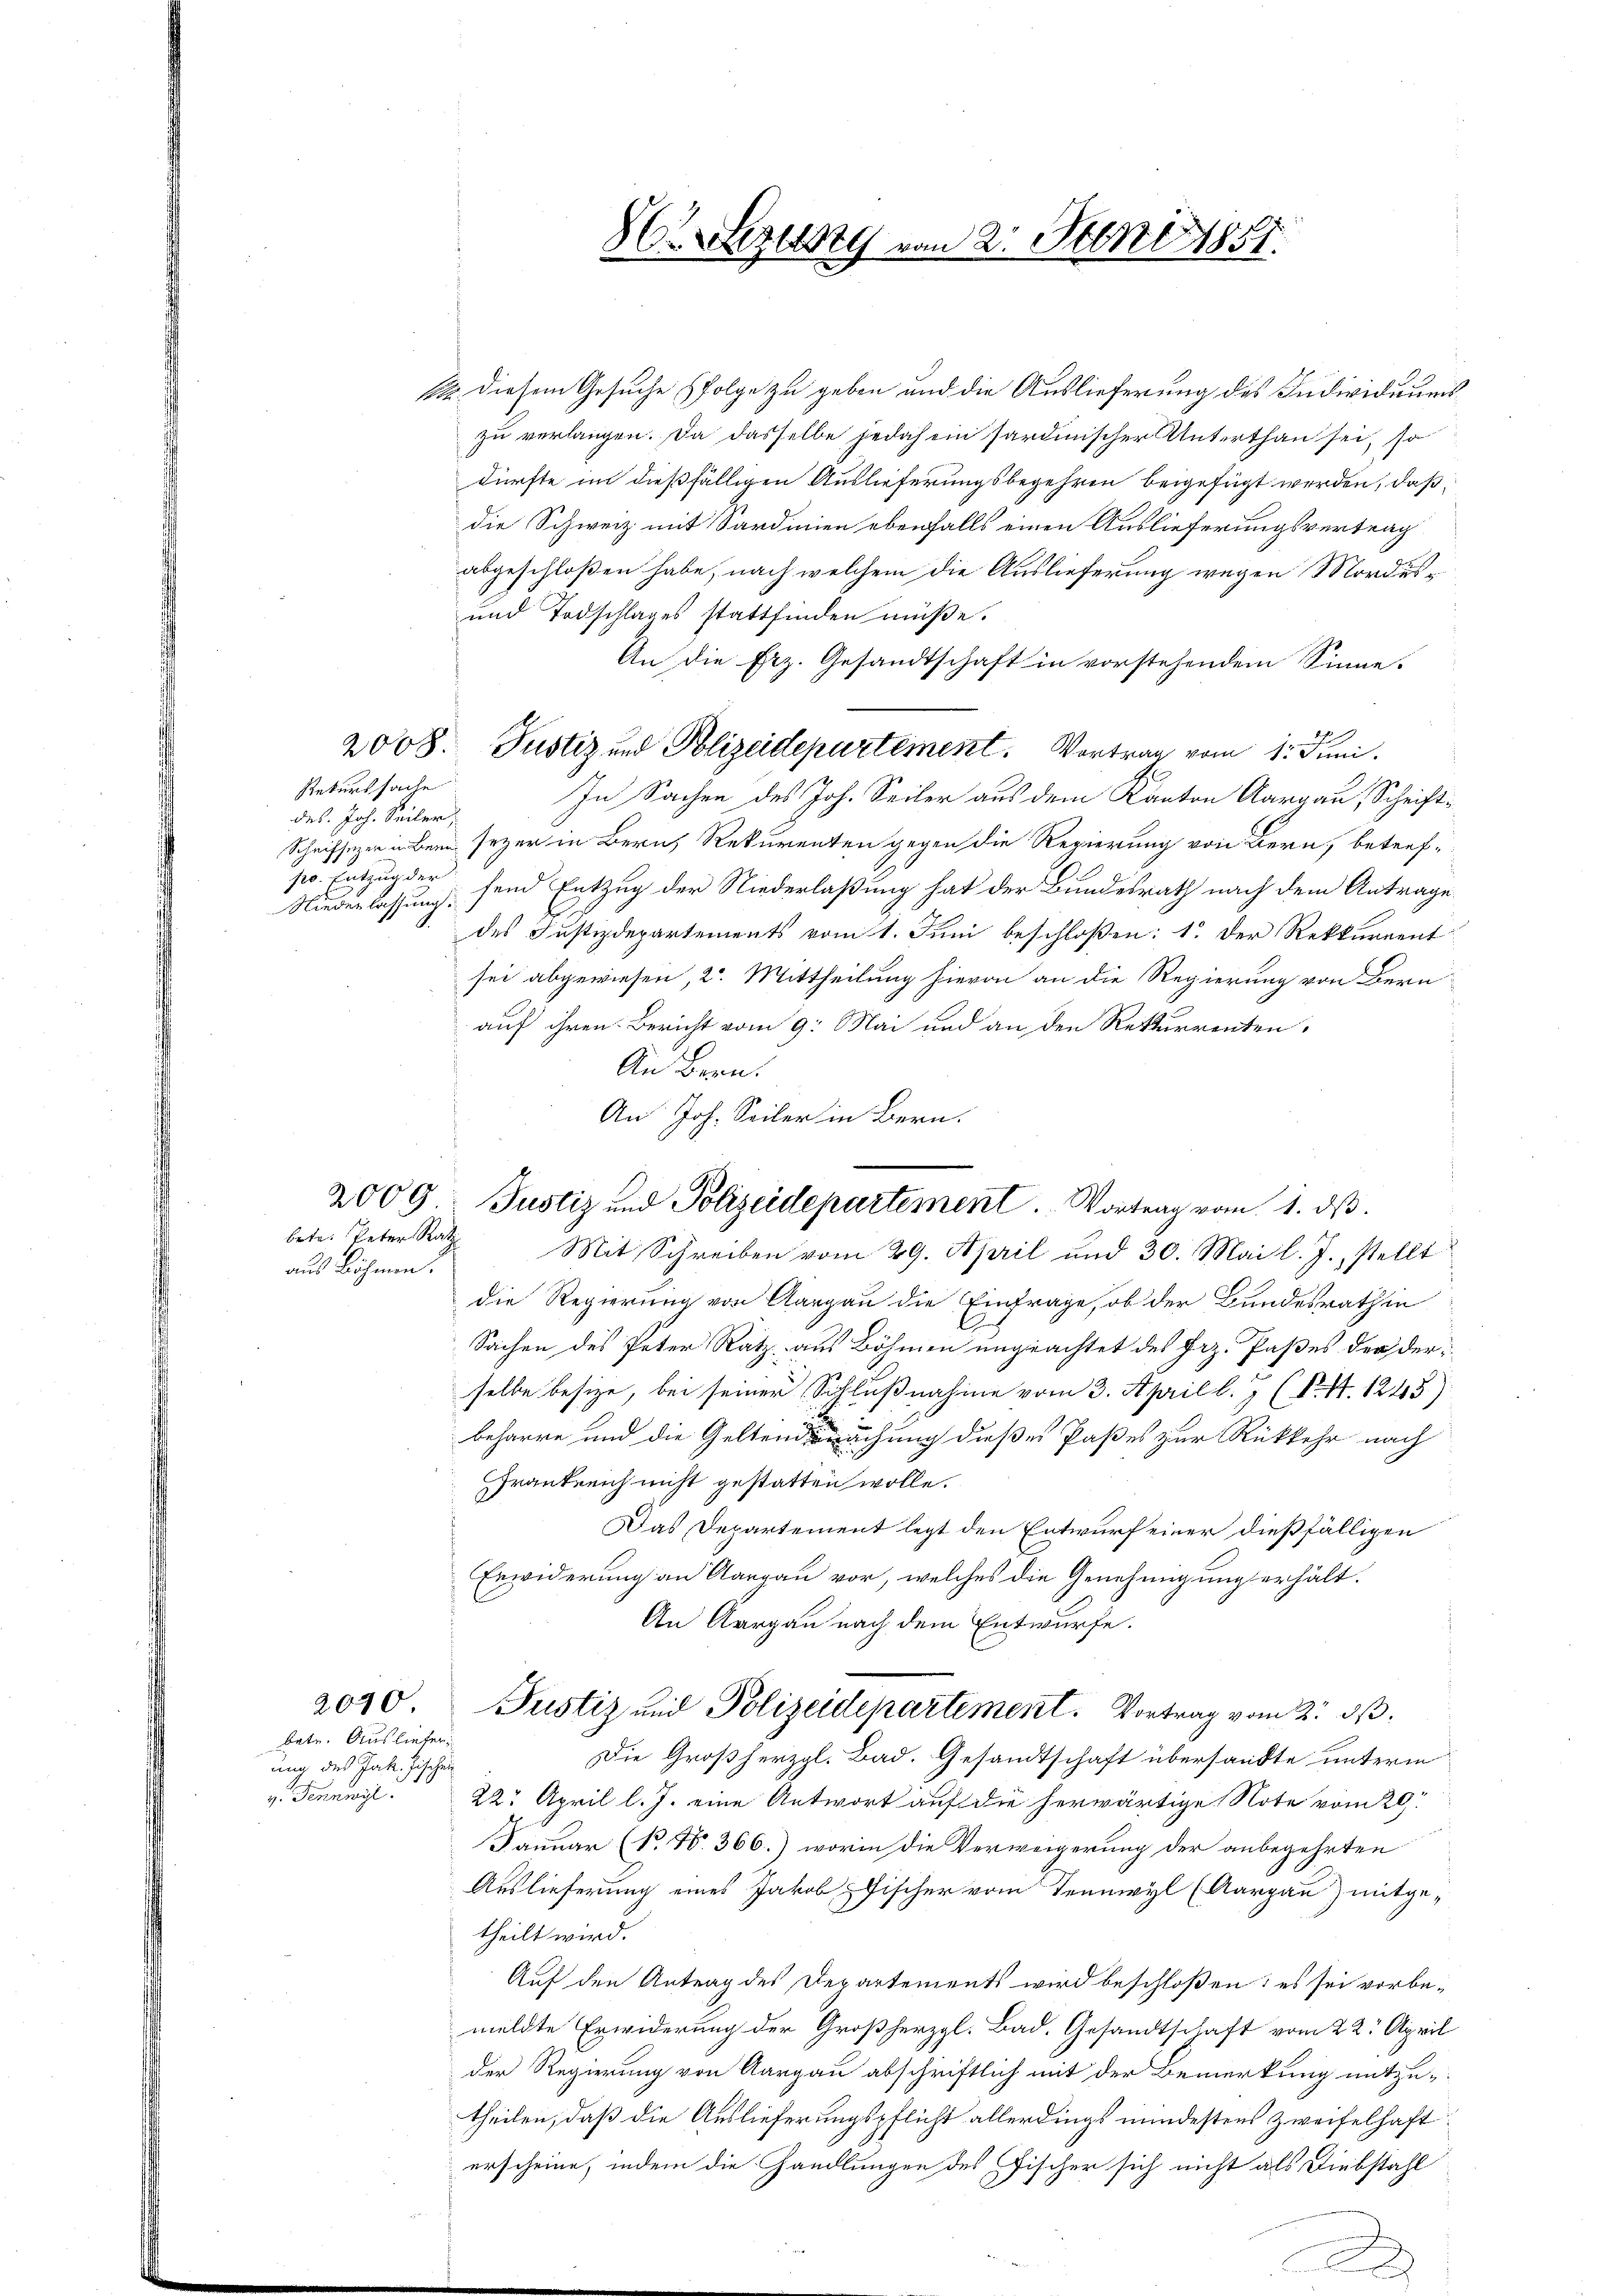
1
a

Rekurssache
des Joh. Seiler,

12. diesem Gesuche folge zu geben und die Auslieferung des Individuums
zu verlangen. Da dasselbe jedoch ein sardinischer Unterthan sei, so
dürfte im dießfälligen Auslieferungsbegehren beigefügt werden, daß
die Schweiz mit Sardinien ebenfalls einen Auslieferungsvertrag
abgeschloßen habe, nach welchem die Auslieferung wegen Mordes¬
und Todschlages stattfinden müße.
An die Erz. Gesandtschaft in vorstehendem Sinne.
2
2008. Justiz und Polizeidepartement. Vortrag vom 1. Juni.
In Sachen des Joh. Seiler aus dem Kanton Aargau, Schrift¬
Schriffezen in Bern seyer in Bern, Rekurenten gegen die Regierung von Bern, betrefpo. Entzug der send Entzug der Niederlaßung hat der Bundesrath nach dem Antrage
Niederlassung.
des Justizdepartements vom 1. Juni beschloßen: 1. Der Rekkurrent
sei abgewiesen, 2. Mittheilung hievon an die Regierung von Bern
auf ihren Bericht vom 9. Mai und an den Rekurrenten,
An Bern.
An Joh. Seiler in Bern.
Mit Schreiben vom 29. April und 30. Mai l. J., stellt
die Regierung von Aargau die Einfrage, ob der Bundesrathen
l.
Sachen des Peter Ratz, aus Böhmen ungeachtet des Frz. Paßes der derselbe besize, bei seiner Schlußnahme vom 3. April l. J. (N. N. 1245)
beharre und die Geltende machung dißes Paßes zur Rückkehr nach
Frankreich nicht gestatten wolle.
Das Departement legt den Entwurf einer dießfälligen
Erwiderung an Aargau vor, welches die Genehmigung erhält.
An Aargau nach dem Entwurfe.
2040 Justiz und Polizeidepartement. Vortrag vom 2. dβ.
bete. Ausliefer
Die Großherzgl. Bad. Gesandtschaft übersandte unterm
ung des Jak. Fischen
v. Tennwyl 22. April l. J. eine Antwort auf die herwärtige Note vom 29.
Januar (N. N. 366.) worin die Verweigerung der anbegehrten
Auslieferung eines Jakob Fischer vom Tennwyl (Aargau) mitge-
theilt wird.
Auf den Antrag des Departements wird beschloßen; es sei vorbemeldte Erwiderung der Großherzgl. Bad. Gesandtschaft vom 22. April
der Regierung von Aargau abschriftlich mit der Bemerkung mitzu-
theilen, daß die Auslieferungspflicht allerdings mindestens zweifelhaft
erscheine, indem die Handlungen des Fischer sich nicht als Diebstahl

bete. Peter Rath
aus Böhmen.

2009. Justiz und Polizeidepartement. Vortrag vom 1. ds.

86 Sezury von 21. Juni 1881